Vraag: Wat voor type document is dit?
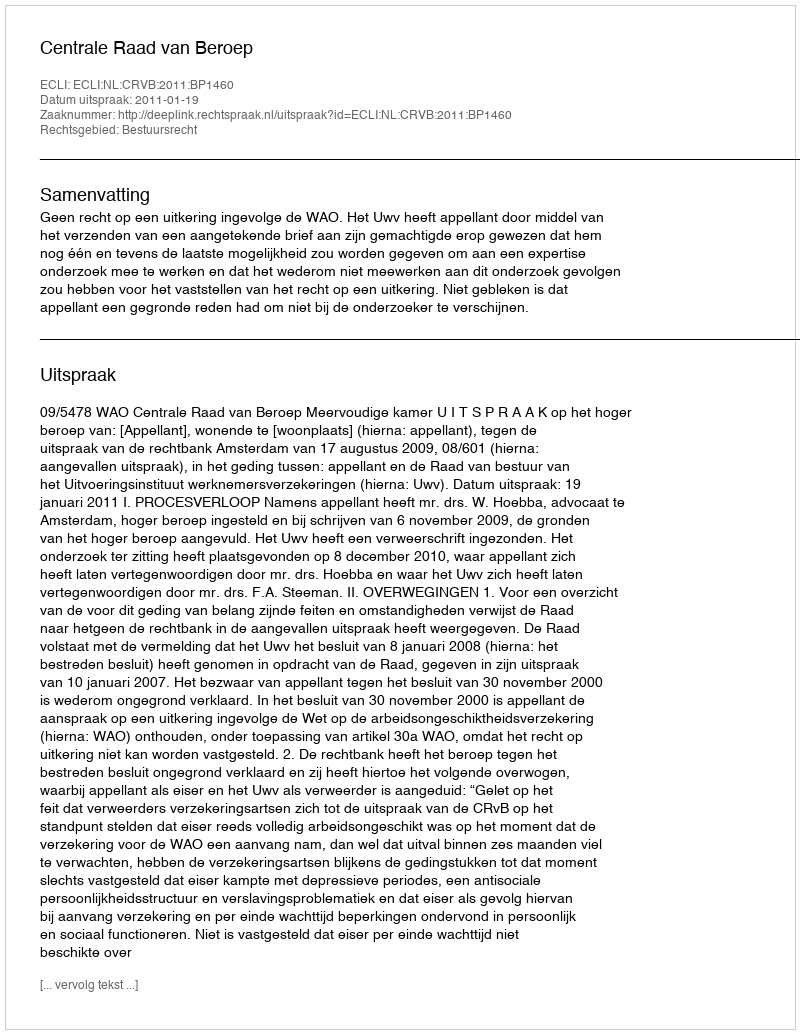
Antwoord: Uitspraak